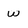
Character: w